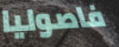
فاصوليا